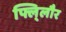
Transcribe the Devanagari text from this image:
फ्लि्लौर